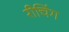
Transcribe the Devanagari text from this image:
रीचिंग